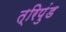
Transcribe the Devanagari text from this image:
त्रिपुंड